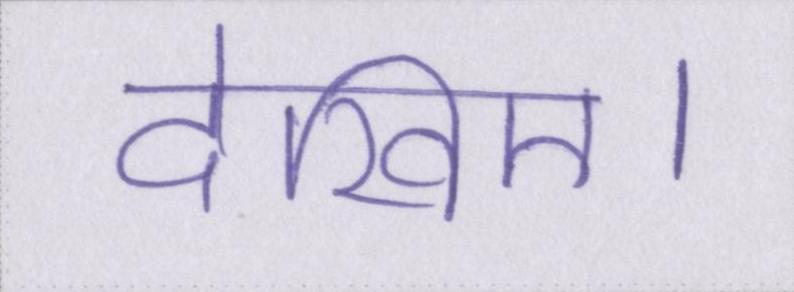
देखिए।